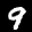
Label: 9